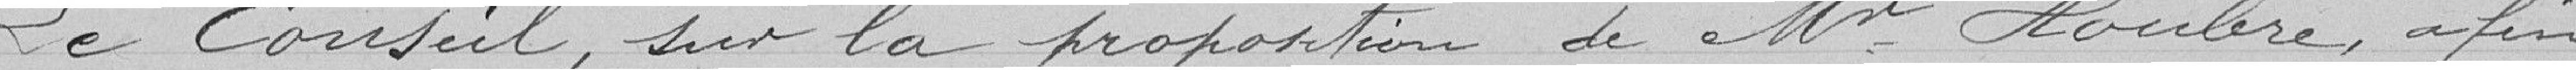
Le Conseil, sur la proposition de Monsieur HOUBRE, afin